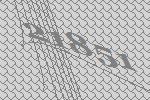
21851